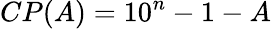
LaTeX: CP(A)=10^{n}-1-A